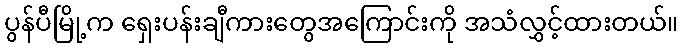
ပွန်ပီမြို့က ရှေးပန်းချီကားတွေအကြောင်းကို အသံလွှင့်ထားတယ်။